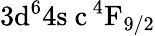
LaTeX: \mathrm{3d^{6}4s\ c\, ^{4}F_{9/2}}